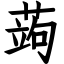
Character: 蒟